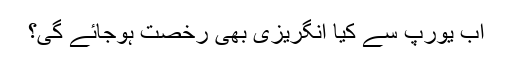
اب یورپ سے کیا انگریزی بھی رخصت ہوجائے گی؟